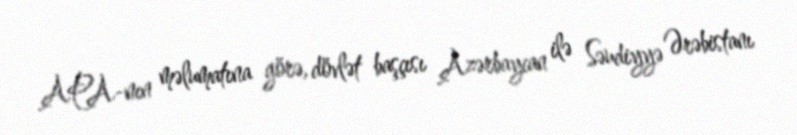
APA-nın məlumatına görə, dövlət başçısı Azərbaycan ilə Səudiyyə Ərəbistanı